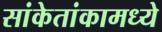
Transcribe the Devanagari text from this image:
सांकेतांकामध्ये